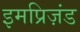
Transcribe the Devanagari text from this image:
इमप्रिज़ंड